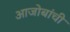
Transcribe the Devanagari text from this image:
आजोबांची